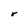
Character: r